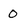
Character: 0